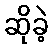
ဆိုခဲ့